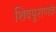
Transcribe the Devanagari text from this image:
शिवपुराणके